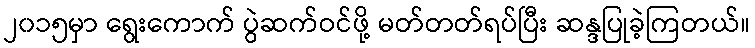
၂၀၁၅မှာ ရွေးကောက် ပွဲဆက်ဝင်ဖို့ မတ်တတ်ရပ်ပြီး ဆန္ဒပြုခဲ့ကြတယ်။